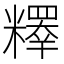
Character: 𥽉